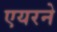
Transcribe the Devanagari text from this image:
एयरने